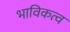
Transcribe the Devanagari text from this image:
भाविकत्व